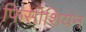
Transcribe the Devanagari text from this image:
फिसीशियन